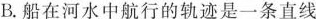
B.船在河水中航行的轨迹是一条直线